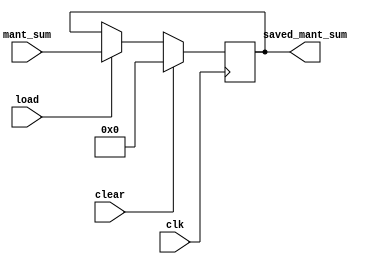
`timescale 1ns / 1ps
//////////////////////////////////////////////////////////////////////////////////
// Company: 
// Engineer: 
// 
// Design Name: 
// Module Name: registru_26b
// Project Name: 
// Target Devices: 
// Tool Versions: 
// Description: 
// 
// Dependencies: 
// 
// Revision:
// Revision 0.01 - File Created
// Additional Comments:
// 
//////////////////////////////////////////////////////////////////////////////////

module registru_26b(
    input [25:0]mant_sum,
    input clk, clear, load,
    output reg [25:0]saved_mant_sum
    );

    always @(posedge clk)
        if(clear)
            saved_mant_sum <= 26'b0;
        else if(load)
            saved_mant_sum <= mant_sum;

endmodule